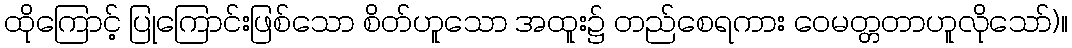
ထိုကြောင့် ပြုကြောင်းဖြစ်သော စိတ်ဟူသော အထူး၌ တည်စေရကား ဝေမတ္တတာဟူလိုသော်)။